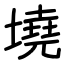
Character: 墝